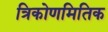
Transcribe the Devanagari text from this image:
त्रिकोणमितिक